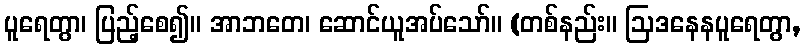
ပူရေတွာ၊ ပြည့်စေ၍။ အာဘတေ၊ ဆောင်ယူအပ်သော်။ (တစ်နည်း။ ဩဒနေနပူရေတွာ,